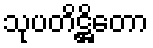
သုပတိဋ္ဌိတော